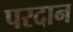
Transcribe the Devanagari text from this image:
परदान